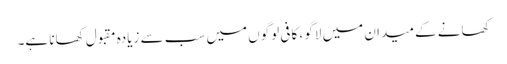
کھانے کے میدان میں لاگو ، کافی لوگوں میں سب سے زیادہ مقبول کھانا ہے۔